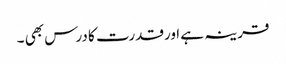
قرینہ ہے اورقدرت کا درس بھی ۔